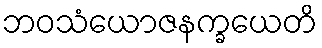
ဘဝသံယောဇနက္ခယေတိ